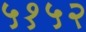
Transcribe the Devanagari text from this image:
५१५२